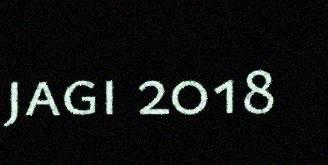
jagi 2018